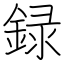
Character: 録